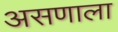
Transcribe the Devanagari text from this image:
असणाला